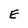
Character: E